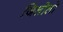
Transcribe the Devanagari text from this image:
जिलोलो